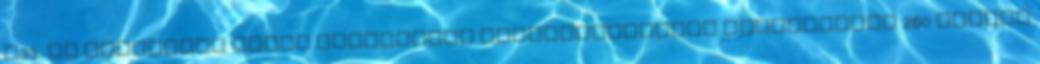
R33. Az egyesület által szervezett tehetségkutatón bejutottunk 260 induló